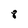
Character: 8